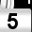
Digit: 5